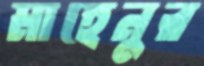
মাহেনুর